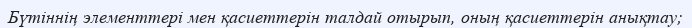
Бүтіннің элементтері мен қасиеттерін талдай отырып, оның қасиеттерін анықтау;